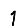
Digit: 1